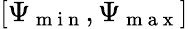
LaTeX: [\Psi_{\mathrm{~m~i~n~}},\Psi_{\mathrm{~m~a~x~}}]